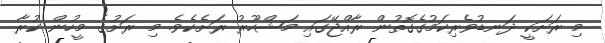
މި ރަށަކީ ދަނޑުވެރިކަމުގެގޮތުން ރާއްޖޭގައި މަޝްހޫރު ރަށެކެވެ. މި ރަށުގެ މީހުން ކުރާ